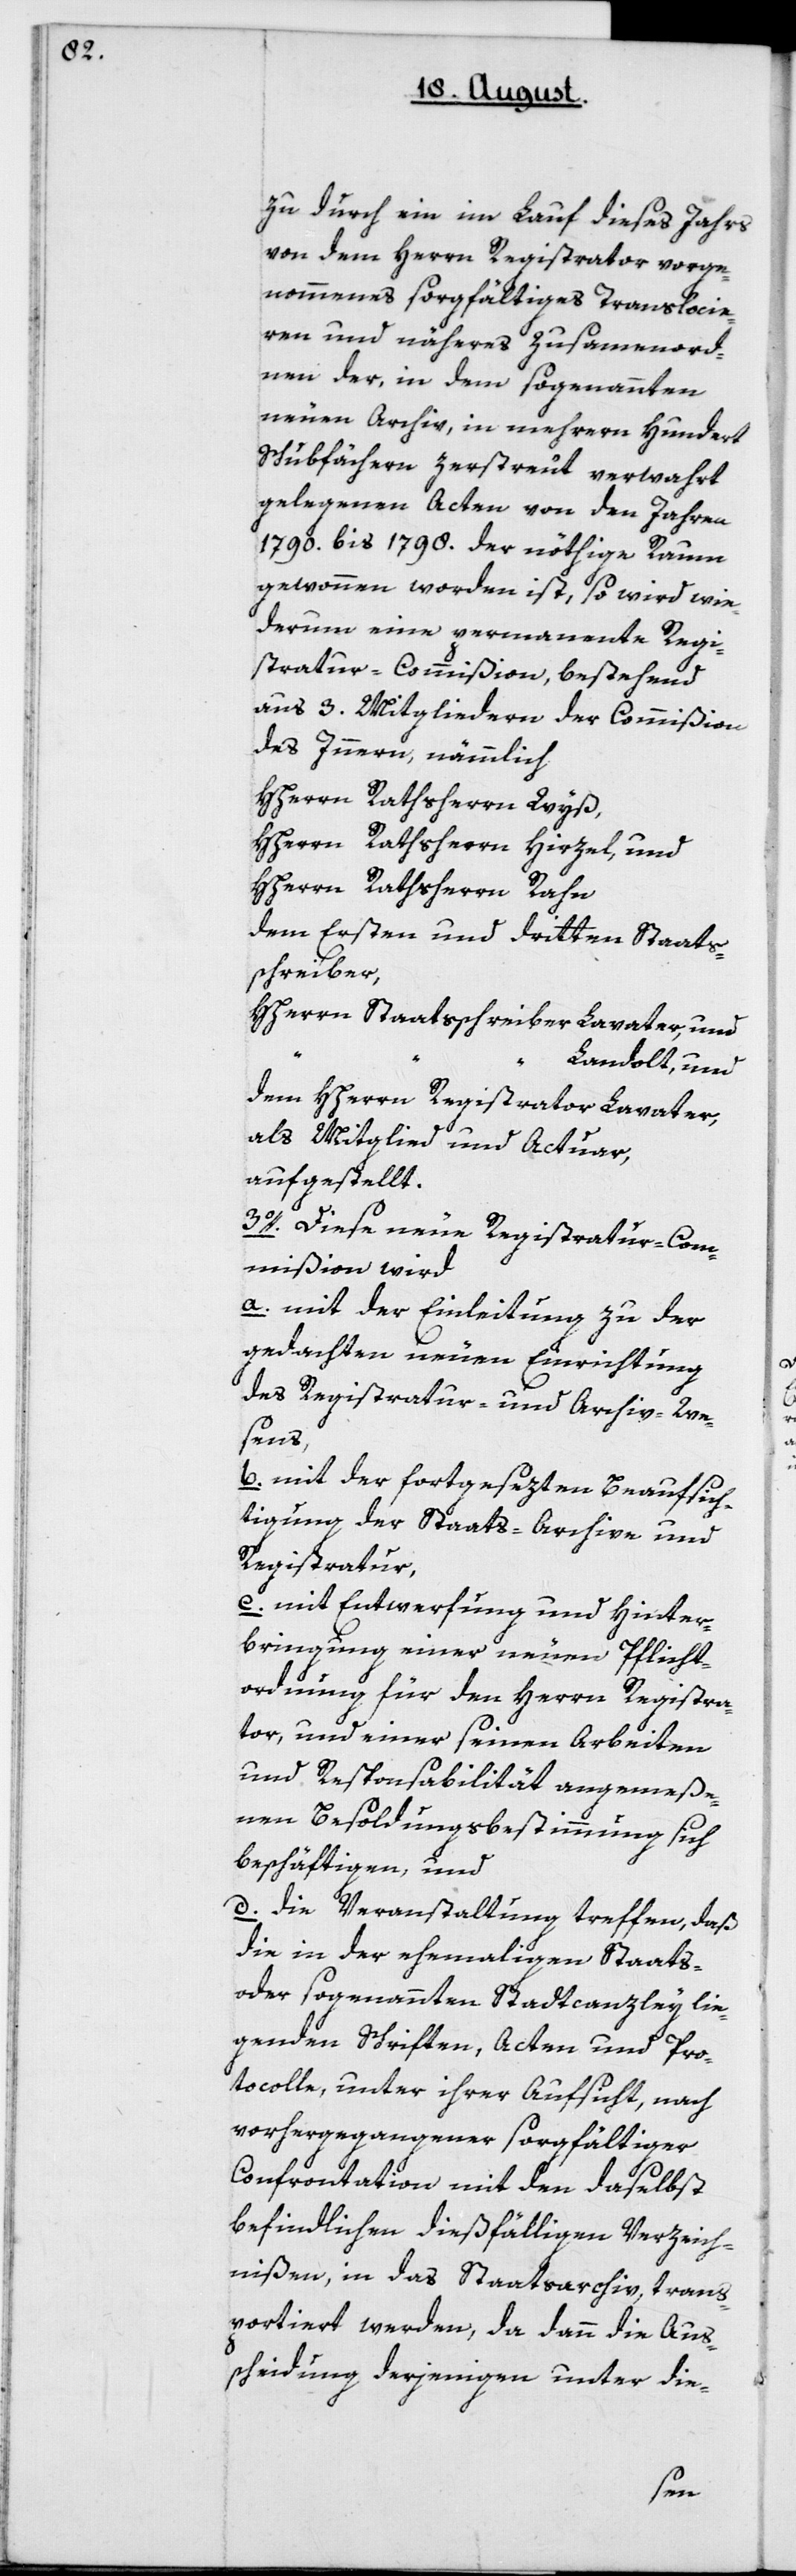
zu durch ein im Lauf dieses Jahrs
von dem Herrn Registrator vorge¬
nommenes sorgfältiges Translocie¬
ren und näheres Zusammenord¬
nen der, in dem sogenannten
neuen Archiv, in mehrern hundert
Schubfächern zerstreut verwahrt
gelegenen Acten von den Jahren
1790 bis 1798 der nöthige Raum
gewonnen worden ist, so wird wie¬
derum eine permanente Regi¬
stratur-Commißion, bestehend
aus 3. Mitgliedern der Commißion
des Innern, nämmlich:
HHerrn Rathsherrn Wyß,
HHerrn Rathsherrn Hirzel, und
HHerrn Rathsherrn Rahn
dem Ersten und dritten Staatß¬
chreiber,
HHerrn Staatsschreiber Lavater, und
“
Landolt; und
dem HHerrn Registrathor Lavater,
als Mitglied und Actuar
aufgestellt.
3o. Diese neue Registratur-Com¬
mißion wird
a. mit der Einleitung zu der
gedachten neuen Einrichtung
des Registratur- und Archiv-We¬
sens,
b. mit der fortgesezten Beaufsich¬
tigung der Staats-Archive und
Registratur,
c. mit Entwerfung und Hinter¬
bringung einer neuen Pflicht¬
ordnung für den Herrn Registra¬
tor und einer seinen Arbeiten
und Responsabilität angemeße¬
nen Besoldungsbestimmung sich
beschäftigen, und
d. die Veranstaltung treffen, daß
die in der ehemaligen Staats-
oder sogenannten Stadtcanzley lie¬
genden Schriften, Acten und Pro¬
tocolle, unter ihrer Aufsicht, nach
vorhergegangener sorgfältiger
Confrontation mit den daselbst
befindlichen dießfälligen Verzeich¬
nißen, in das Staatsarchiv, trans¬
portiert werden, da dann die Auß¬
cheidung derjenigen unter die-